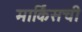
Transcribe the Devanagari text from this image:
मार्किसची